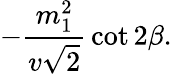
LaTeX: -{\frac{m_{1}^{2}}{v\sqrt 2}}\cot 2\beta.